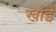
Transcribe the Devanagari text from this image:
खाँईं